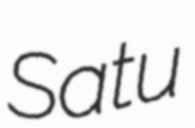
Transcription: Satu